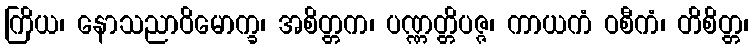
ကြိယ၊ နောသညာဝိမောက္ခ၊ အစိတ္တက၊ ပဏ္ဏတ္တိပဇ္ဇ၊ ကာယကံ ဝစီကံ၊ တိစိတ္တ၊